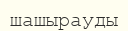
шашырауды